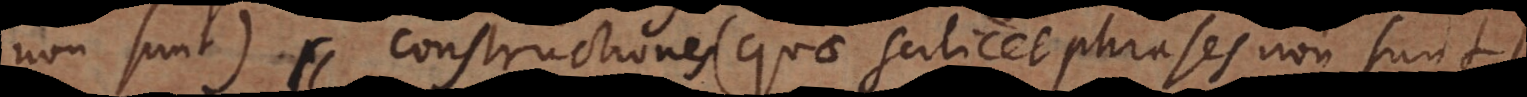
non sunt), constructiones (quae scilicet phrases non sunt)